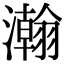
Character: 瀚